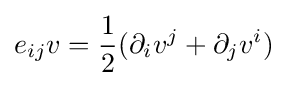
e_{ij}v={\frac {1}{2}}(\partial _{i}v^{j}+\partial _{j}v^{i})